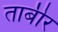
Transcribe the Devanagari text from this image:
ताबीर